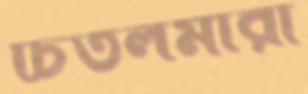
চিতলমারী